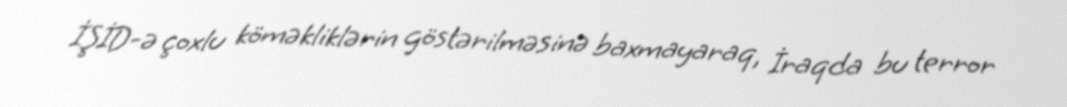
İŞİD-ə çoxlu köməkliklərin göstərilməsinə baxmayaraq, İraqda bu terror